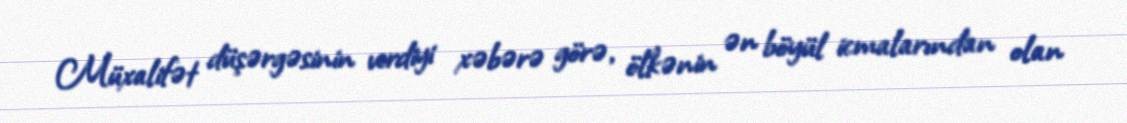
Müxalifət düşərgəsinin verdiyi xəbərə görə, ölkənin ən böyül icmalarından olan